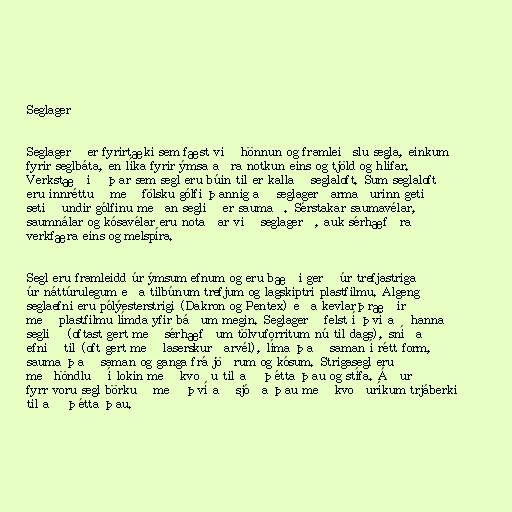
Seglagerð

Seglagerð er fyrirtæki sem fæst við hönnun og framleiðslu segla, einkum
fyrir seglbáta, en líka fyrir ýmsa aðra notkun eins og tjöld og hlífar.
Verkstæðið þar sem segl eru búin til er kallað seglaloft. Sum seglaloft
eru innréttuð með fölsku gólfi þannig að seglagerðarmaðurinn geti
setið undir gólfinu meðan seglið er saumað. Sérstakar saumavélar,
saumnálar og kósavélar eru notaðar við seglagerð, auk sérhæfðra
verkfæra eins og melspíra.

Segl eru framleidd úr ýmsum efnum og eru bæði gerð úr trefjastriga
úr náttúrulegum eða tilbúnum trefjum og lagskiptri plastfilmu. Algeng
seglaefni eru pólýesterstrigi (Dakron og Pentex) eða kevlarþræðir
með plastfilmu límda yfir báðum megin. Seglagerð felst í því að hanna
seglið (oftast gert með sérhæfðum tölvuforritum nú til dags), sníða
efnið til (oft gert með laserskurðarvél), líma það saman í rétt form,
sauma það saman og ganga frá jöðrum og kósum. Strigasegl eru
meðhöndluð í lokin með kvoðu til að þétta þau og stífa. Áður
fyrr voru segl börkuð með því að sjóða þau með kvoðuríkum trjáberki
til að þétta þau.